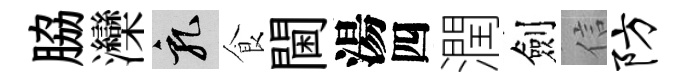
脇灤乳食閫湯四潤劍信防